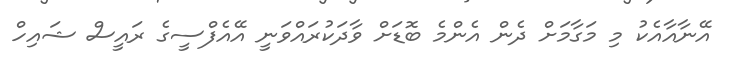
އޭނާއާއެކު މި މަގާމަށް ދެން އެންމެ ބޮޑަށް ވާދަކުރައްވަނީ އޭއެފްސީގެ ރައީސް ޝައިހް